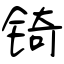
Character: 锜